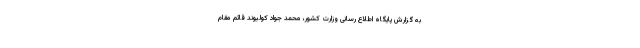
به گزارش پایگاه اطلاع رسانی وزارت کشور، محمد جواد کولیوند قائم مقام